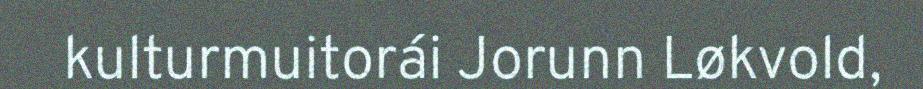
kulturmuitorái Jorunn Løkvold,